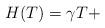
LaTeX: \begin{align*}H(T) = \gamma T + \end{align*}